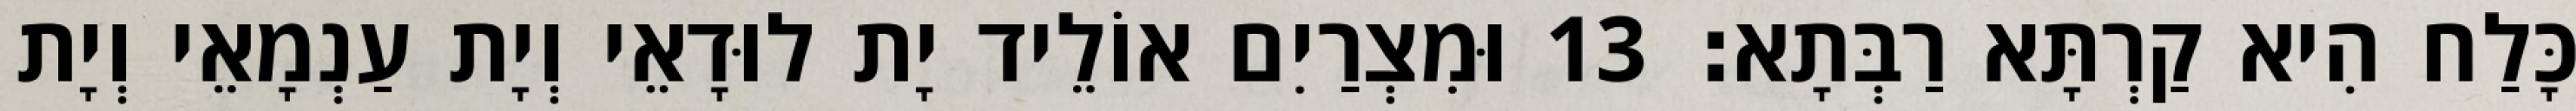
כָּלַח הִיא קַרְתָּא רַבְּתָא׃ 13 וּמִצְרַיִם אוֹלֵיד יָת לוּדָאֵי וְיָת עַנְמָאֵי וְיָת